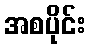
အစပိုင်း